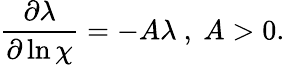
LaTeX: \frac{\partial\lambda}{\partial\ln\chi}=-A\lambda~,~A>0.